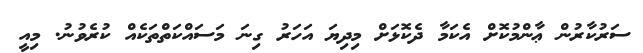
ސަރުކާރުން ޢާންމުކޮށް އެކަމާ ދެކޮޅަށް މިދިޔަ އަހަރު ގިނަ މަސައްކަތްތަކެއް ކުރެވުނު. މިއީ